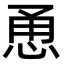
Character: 恿